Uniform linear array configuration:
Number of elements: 64
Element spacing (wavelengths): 0.75
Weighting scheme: kaiser
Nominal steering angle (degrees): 60
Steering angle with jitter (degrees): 58.65
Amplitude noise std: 0.05
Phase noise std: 0.05

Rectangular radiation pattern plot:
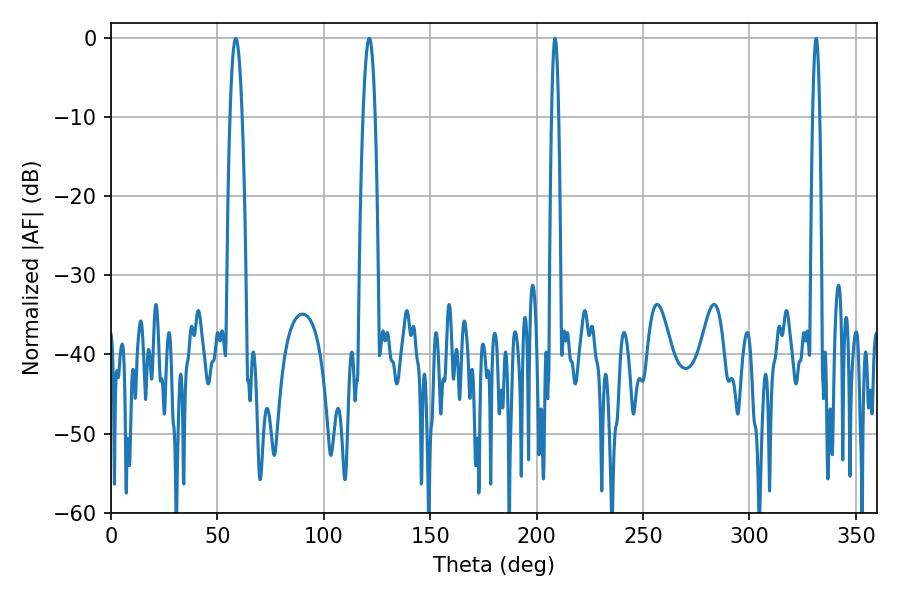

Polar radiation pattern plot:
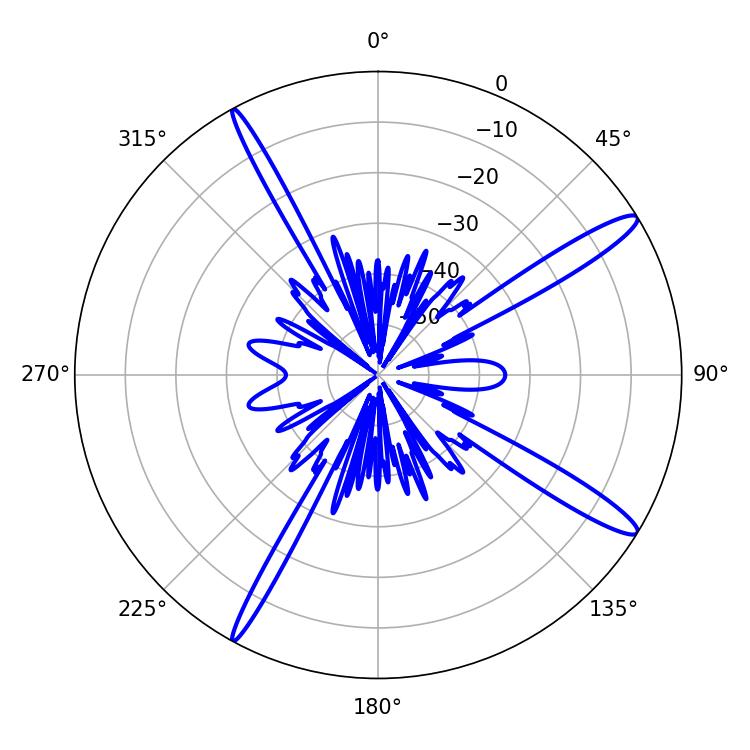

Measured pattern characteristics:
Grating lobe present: TRUE
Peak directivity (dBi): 14.682
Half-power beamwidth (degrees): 3.24
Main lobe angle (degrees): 58.68